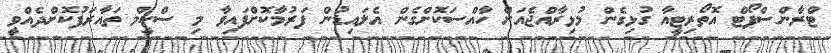
ޓްރާންސްޕޯޓް އޮތޯރިޓީއާ ގުޅިގެން މުޅިރާއްޖެއަށް ހާއްސަކޮށްގެން އެލައިޑުން ފަރުމާކޮށްފައިވާ މި ސްކީމް ތައާރަފުކޮށްދެއްވީ